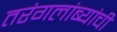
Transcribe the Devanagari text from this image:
तरंगलांब्यांची